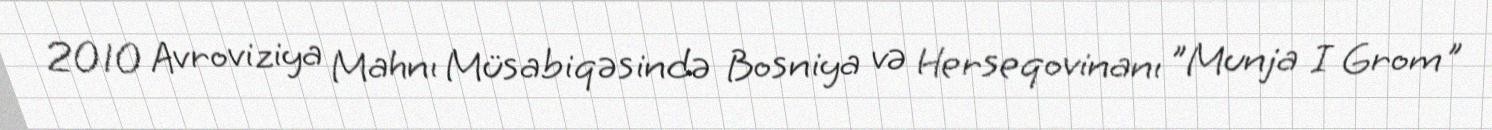
2010 Avroviziya Mahnı Müsabiqəsində Bosniya və Herseqovinanı "Munja I Grom"